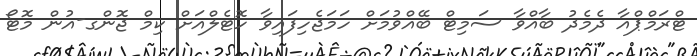
ޓްރަމްޕްއާ ދެމެދު ބާއްވާ ސަމިޓް ބޭއްވުމަށް ހަމަޖެހިފައިވާ ހޮޓެލްއަށް ކިމް ޖޮންގ-އުން މޮޓޯ